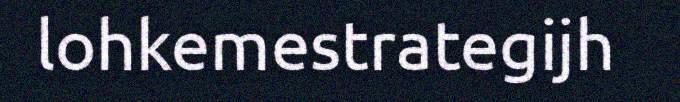
lohkemestrategijh